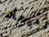
ميعاد